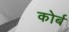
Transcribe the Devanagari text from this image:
कोर्ब